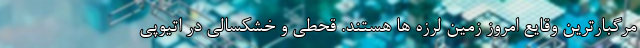
مرگبارترین وقایع امروز زمین لرزه ها هستند. قحطی و خشکسالی در اتیوپی